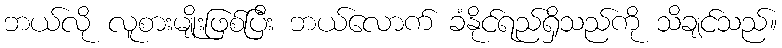
ဘယ်လို လူစားမျိုးဖြစ်ပြီး ဘယ်လောက် ခံနိုင်ရည်ရှိသည်ကို သိချင်သည်။